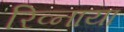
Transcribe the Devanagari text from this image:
रिव्नाया